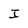
Character: I